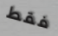
فقط